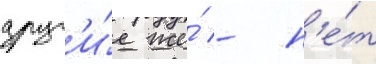
друг'и́е же́ - н'е́т